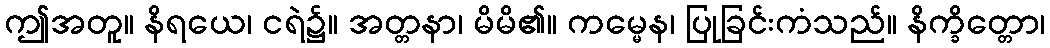
ဤအတူ။ နိရယေ၊ ငရဲ၌။ အတ္တနာ၊ မိမိ၏။ ကမ္မေန၊ ပြုခြင်းကံသည်။ နိက္ခိတ္တော၊